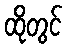
ထိုတွင်